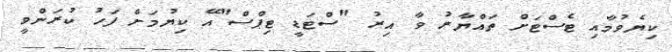
ކިޔެވުމާއި ޓެސްޓަށް ތައްޔާރު ވާ އިރު "ސްޓަޑީ ޓިޕްސް"އޭ ކިޔުމަށް ފަހު ކުރަންވީ